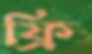
ফ্রি